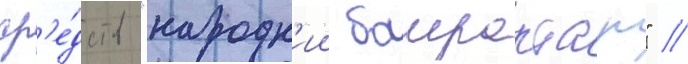
ср'е́дств "народн'ии баирактар" //